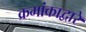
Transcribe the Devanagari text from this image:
क्रमांकाद्वारे